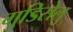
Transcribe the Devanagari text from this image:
गुडिसेलु